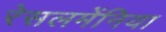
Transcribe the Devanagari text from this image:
रेसलमेंनिया